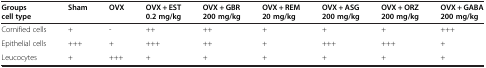
| Groups cell type | Sham | OVX | OVX + EST 0.2 mg/kg | OVX + GBR 200 mg/kg | OVX + REM 20 mg/kg | OVX + ASG 200 mg/kg | OVX + ORZ 200 mg/kg | OVX + GABA 200 mg/kg |
 | --- | --- | --- | --- | --- | --- | --- | --- | --- |
 | Cornified cells | + | - | ++ | ++ | + | + | + | +++ |
 | Epithelial cells | +++ | + | +++ | ++ | + | +++ | +++ | + |
 | Leucocytes | + | +++ | + | + | + | + | + | + |